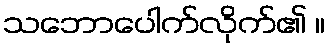
သဘောပေါက်လိုက်၏ ။